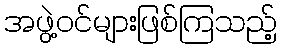
အဖွဲ့ဝင်များဖြစ်ကြသည့်